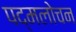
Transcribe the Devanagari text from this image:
पद्मलोचन